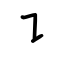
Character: ㇊